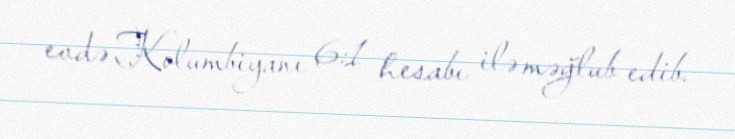
evdə Kolumbiyanı 6:1 hesabı ilə məğlub edib.